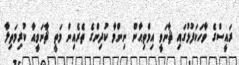
ރައީސްގެ ވާހަކަފުޅުގައި ޘާނަވީ އިމްތިޙާން ނިންމާ ކުދިންގެ ތެރެއިން މަތީ ޘާނަވީއާ ކުރިމަތިލާ